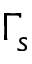
\Gamma _ { s }